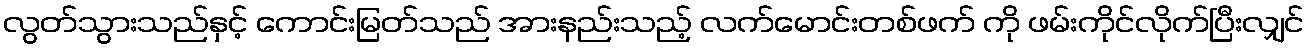
လွတ်သွားသည်နှင့် ကောင်းမြတ်သည် အားနည်းသည့် လက်မောင်းတစ်ဖက် ကို ဖမ်းကိုင်လိုက်ပြီးလျှင်